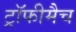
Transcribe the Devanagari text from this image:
ट्रॉफीमैच